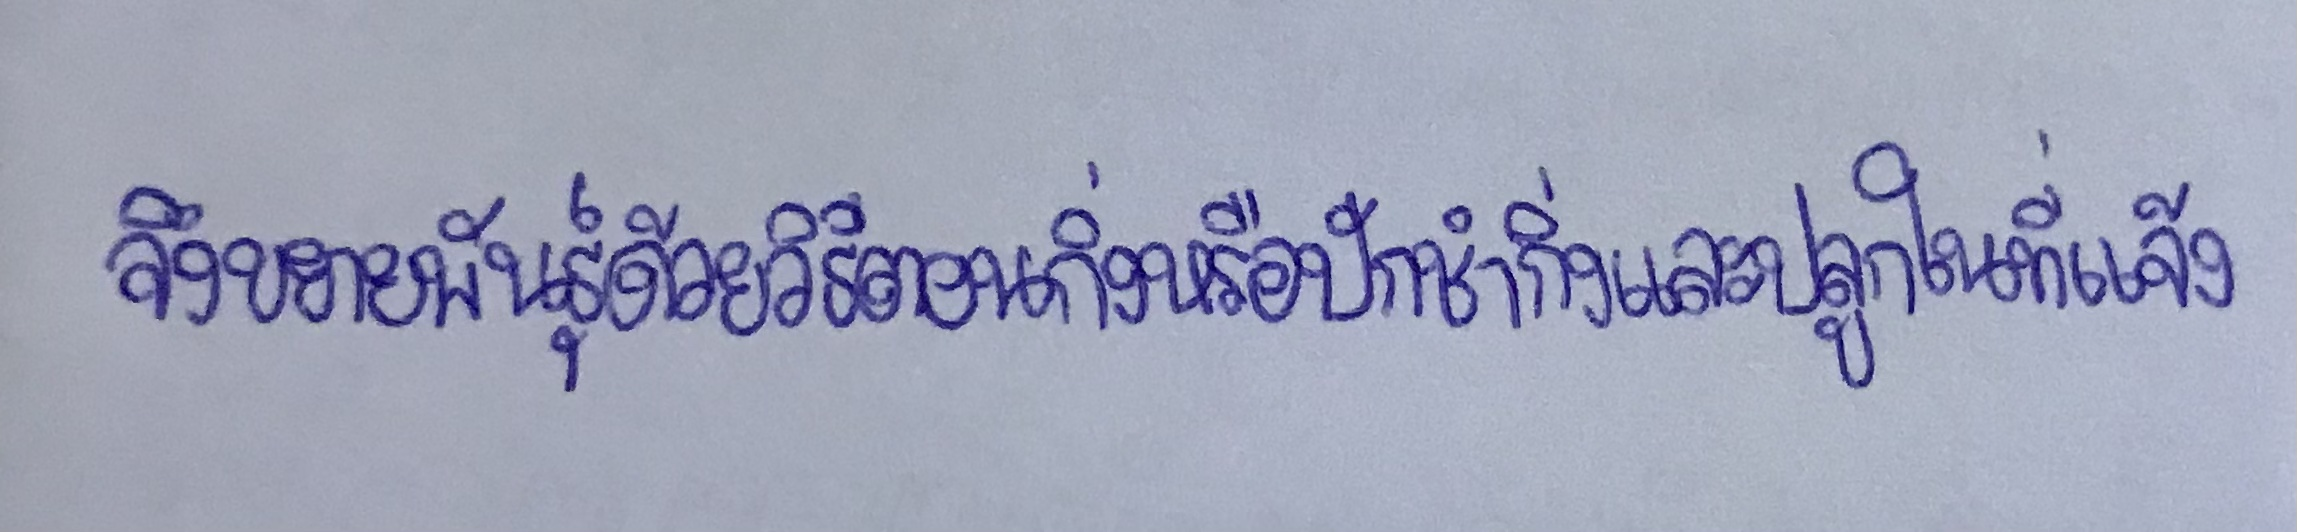
จึงขยายพันธุ์ด้วยวิธีตอนกิ่งหรือปักชำกิ่งและปลูกในที่แจ้ง